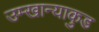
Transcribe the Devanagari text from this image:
उम्खान्याकुड